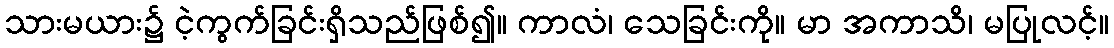
သားမယား၌ ငဲ့ကွက်ခြင်းရှိသည်ဖြစ်၍။ ကာလံ၊ သေခြင်းကို။ မာ အကာသိ၊ မပြုလင့်။